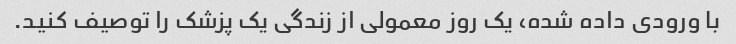
با ورودی داده شده، یک روز معمولی از زندگی یک پزشک را توصیف کنید.